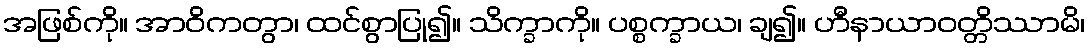
အဖြစ်ကို။ အာဝိကတွာ၊ ထင်စွာပြု၍။ သိက္ခာကို။ ပစ္စက္ခာယ၊ ချ၍။ ဟီနာယာဝတ္တိဿာမိ၊